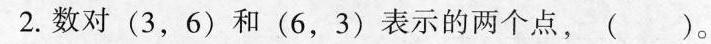
2.数对(3，6)和(6，3)表示的两个点，()。